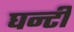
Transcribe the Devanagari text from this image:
घन्टी